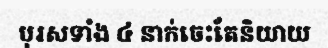
បុរសទាំង ៤ នាក់ចេះតែនិយាយ